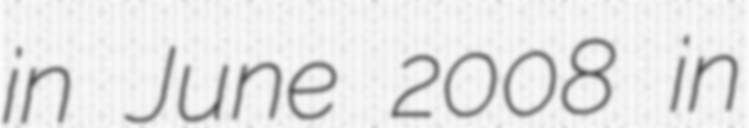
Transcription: in June 2008 in